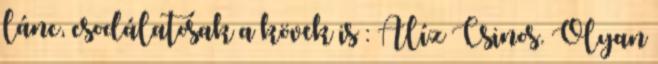
lánc, csodálatosak a kövek is : Alíz Csinos. Olyan